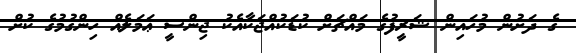
ގެ ދަށުން މުހައިން ޝަރީފުގެ މައްޗަށް ކުޑަކުއްޖަކާއެކު ޖިންސީ ޢަމަލެއް ހިންގުމުގެ ކުށް